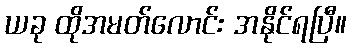
ယခု ထိုအမတ်လောင်း အနိုင်ရပြီ။